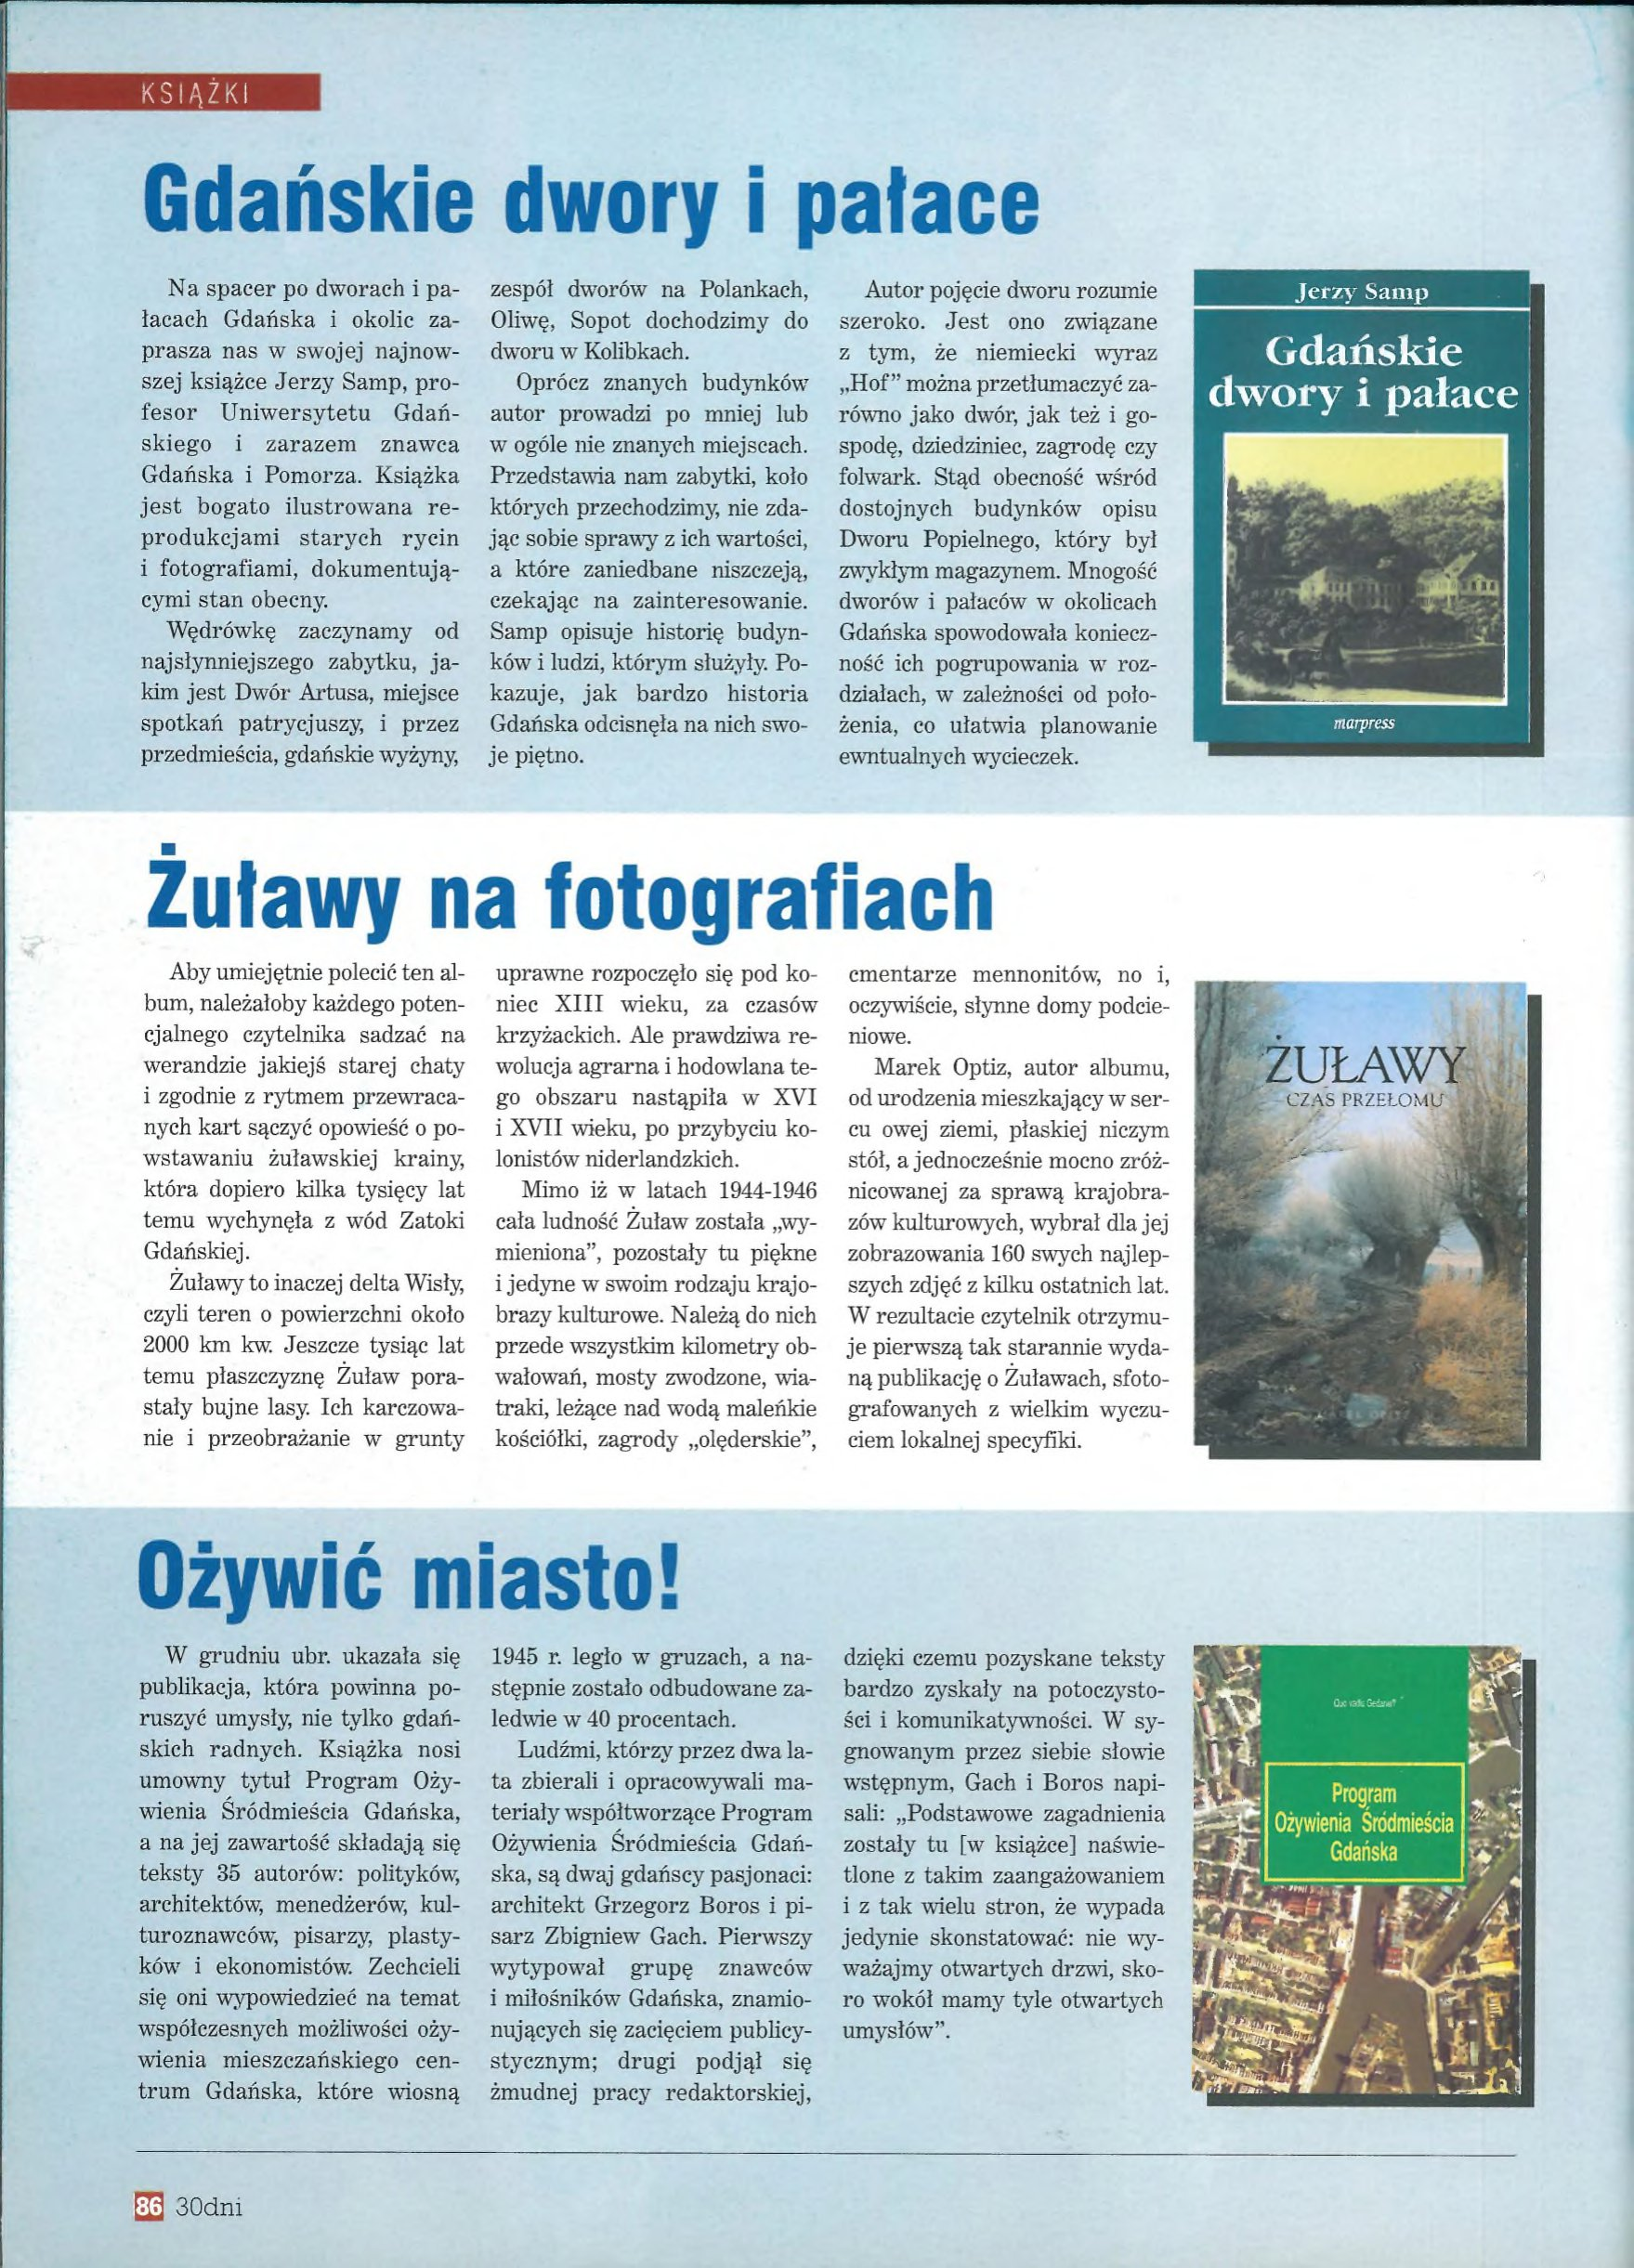
Language: pl